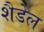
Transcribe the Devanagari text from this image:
शैडेल